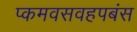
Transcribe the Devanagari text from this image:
प्कमवसवहपबंस